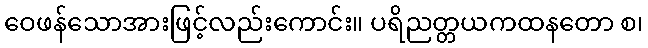
ဝေဖန်သောအားဖြင့်လည်းကောင်း။ ပရိညတ္တယကထနတော စ၊